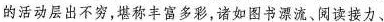
的活动层出不穷，堪称丰富多彩，诸如图书漂流、阅读接力、